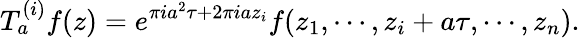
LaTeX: T_{a}^{(i)}f(z)=e^{\pi ia^{2}\tau+2\pi iaz_{i}}f(z_{1},\cdots,z_{i}+a\tau,\cdots,z_{n}).